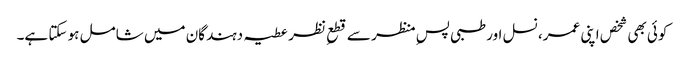
کوئی بھی شخص اپنی عمر، نسل اور طبی پسِ منظر سے قطعِ نظر عطیہ دہندگان میں شامل ہو سکتا ہے۔